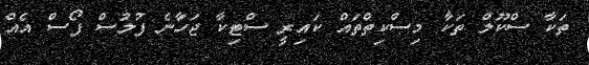
ތަކާ ސްކޫލް ތަކާ މިސްކިތްތައް ކައިރީ ސްޓިކާ ޖަހާނެ ފުލުސް ފޯސް އެއް